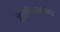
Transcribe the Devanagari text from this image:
शेक्सपिअयरवेड्या